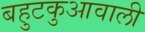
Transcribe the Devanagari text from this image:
बहुटकुआवाली